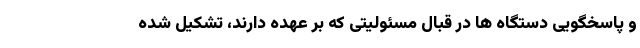
و پاسخگویی دستگاه ها در قبال مسئولیتی که بر عهده دارند، تشکیل شده